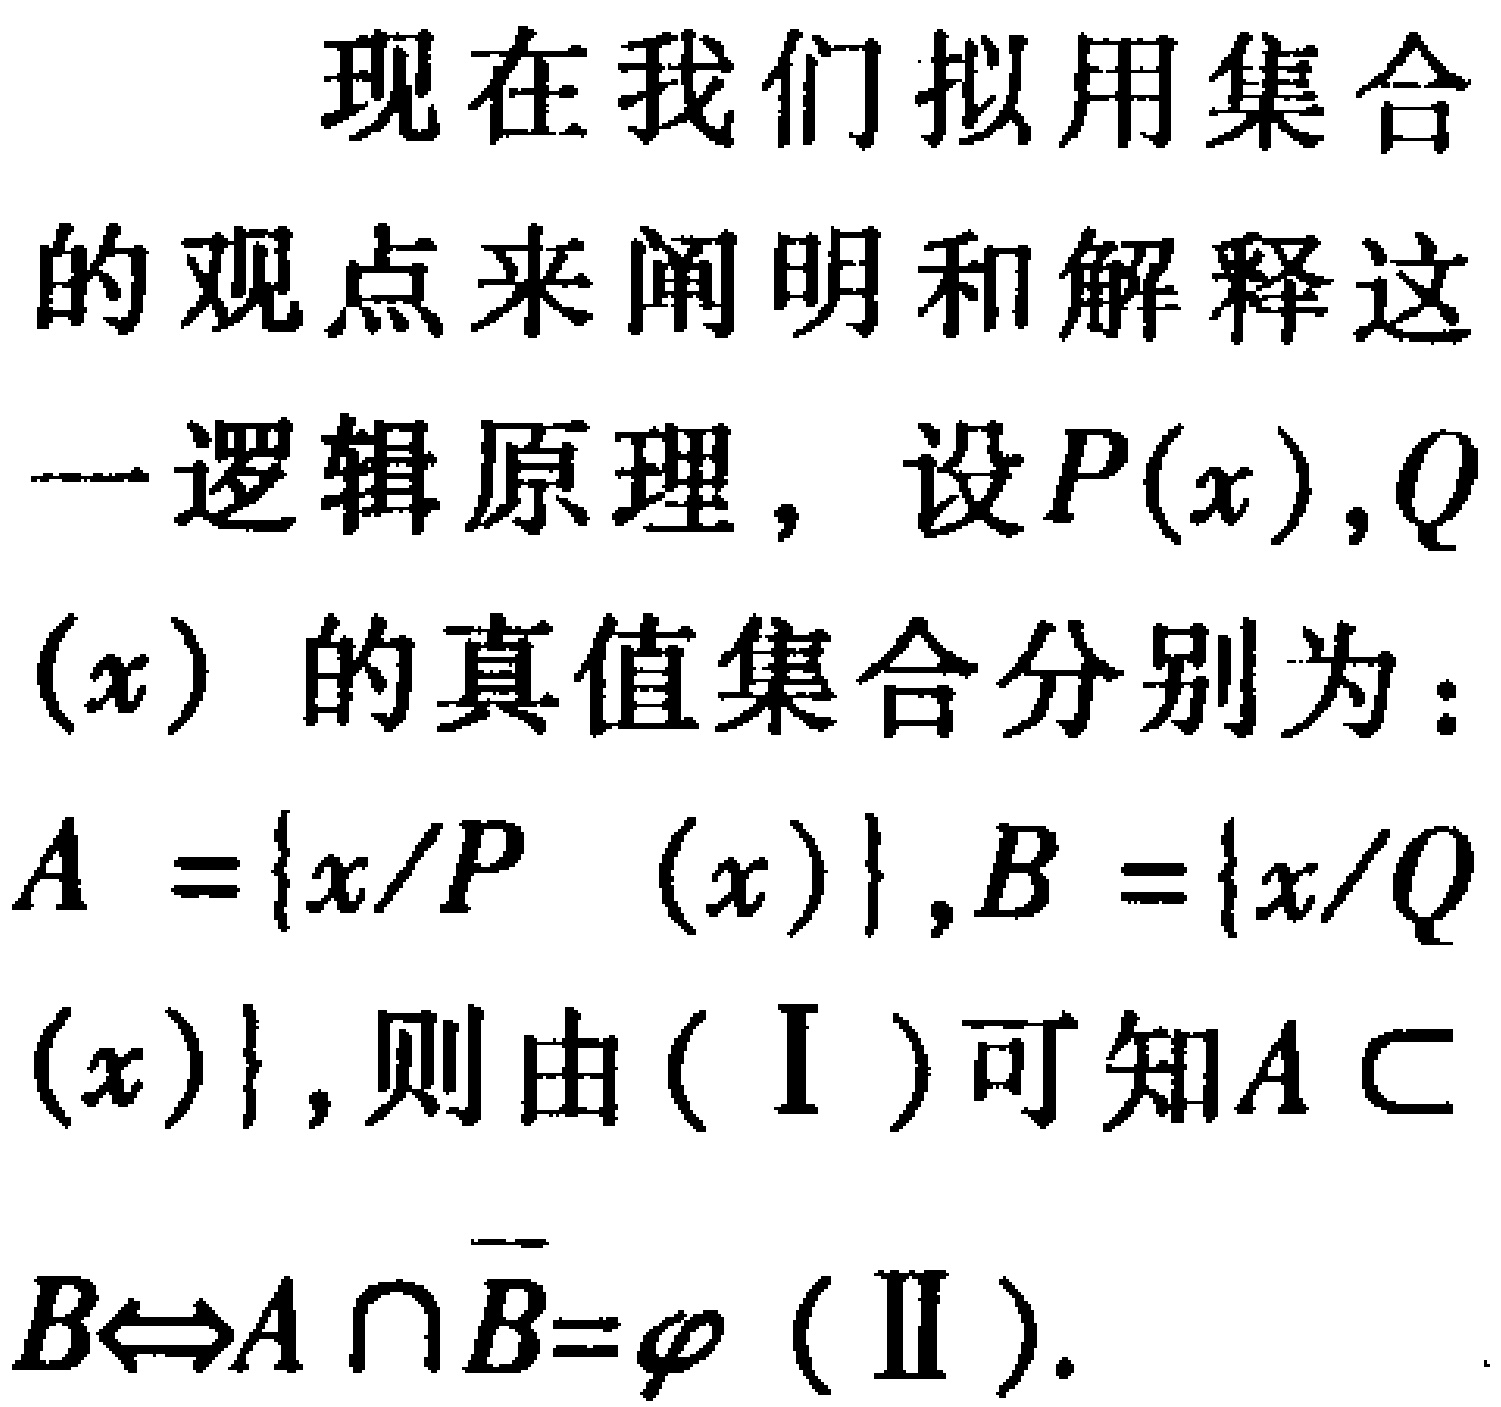
现在我们拟用集合的观点来阐明和解释这一逻辑原理，设\(P(x),Q(x)\)的真值集合分别为：\(A = \{x/P(x)\},B = \{x/Q(x)\}\)，则由（Ⅰ）可知\(A \subset B\Leftrightarrow A \cap \overline{B}=\varnothing\)（Ⅱ）.